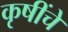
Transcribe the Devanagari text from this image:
कृषींचे